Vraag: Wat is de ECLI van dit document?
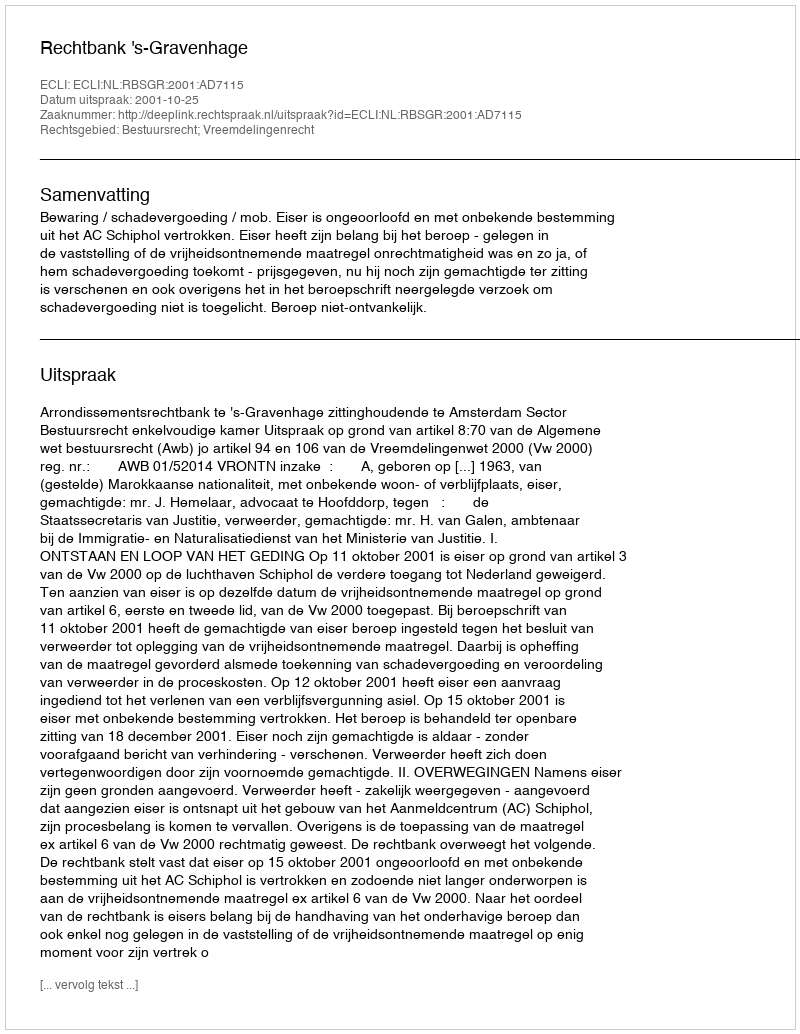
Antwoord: ECLI:NL:RBSGR:2001:AD7115